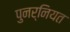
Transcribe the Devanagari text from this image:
पुनर्नियत